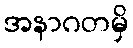
အနာဂတမှိ